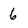
Character: 6